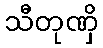
သီတုဏှိ